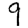
Digit: 9